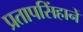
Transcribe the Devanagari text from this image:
प्रतापसिंहानें